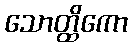
သောတ္ထိကော